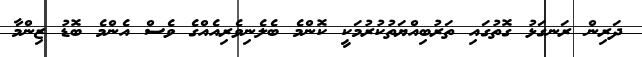
ދަރިން ރަނގަޅު ގޮތުގައި ތަރުބިއްޔަތުކުރުމަކީ ކޮންމެ ބެލެނިވެރިއެއްގެ ވެސް އެންމެ ބޮޑު ޒިންމާ